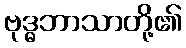
ဗုဒ္ဓဘာသာတို့၏